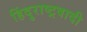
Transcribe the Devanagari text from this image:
हिंदुराष्ट्रवादी